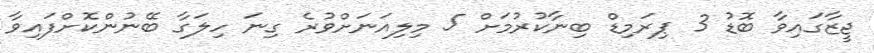
ޖީޒާގައިވާ ބޮޑު 3 ޕިރަމިޑް ބިނާކުރުމަށް 5 މިލިއަނަށްވުރެ ގިނަ ހިލަގާ ބޭނުންކޮށްފައިވާ